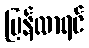
ပြန်လာရင်